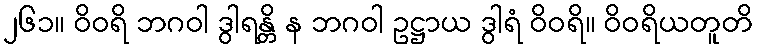
၂၆၁။ ဝိဝရိ ဘဂဝါ ဒွါရန္တိ န ဘဂဝါ ဥဋ္ဌာယ ဒွါရံ ဝိဝရိ။ ဝိဝရိယတူတိ